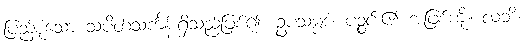
ပြည့်စုံသော သပိတ်သင်္ကန်းရှိသည်ဖြစ်၍။ ဥပသမ္ပဒံ၊ ပဉ္စင်း၏ အဖြစ်ကို။ လဘိ၊